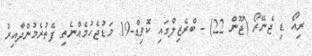
ރިއޯ ޑި ޖެނޭރޯ (ޖޫން 22) - ބްރެޒިލްގައި ކޮވިޑް-19 މަޑުޖެހުމެއްނެތި ފެތުރެމުންދާއިރު